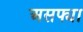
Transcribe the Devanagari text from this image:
असफ्या